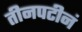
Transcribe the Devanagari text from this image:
तीनपटीनं